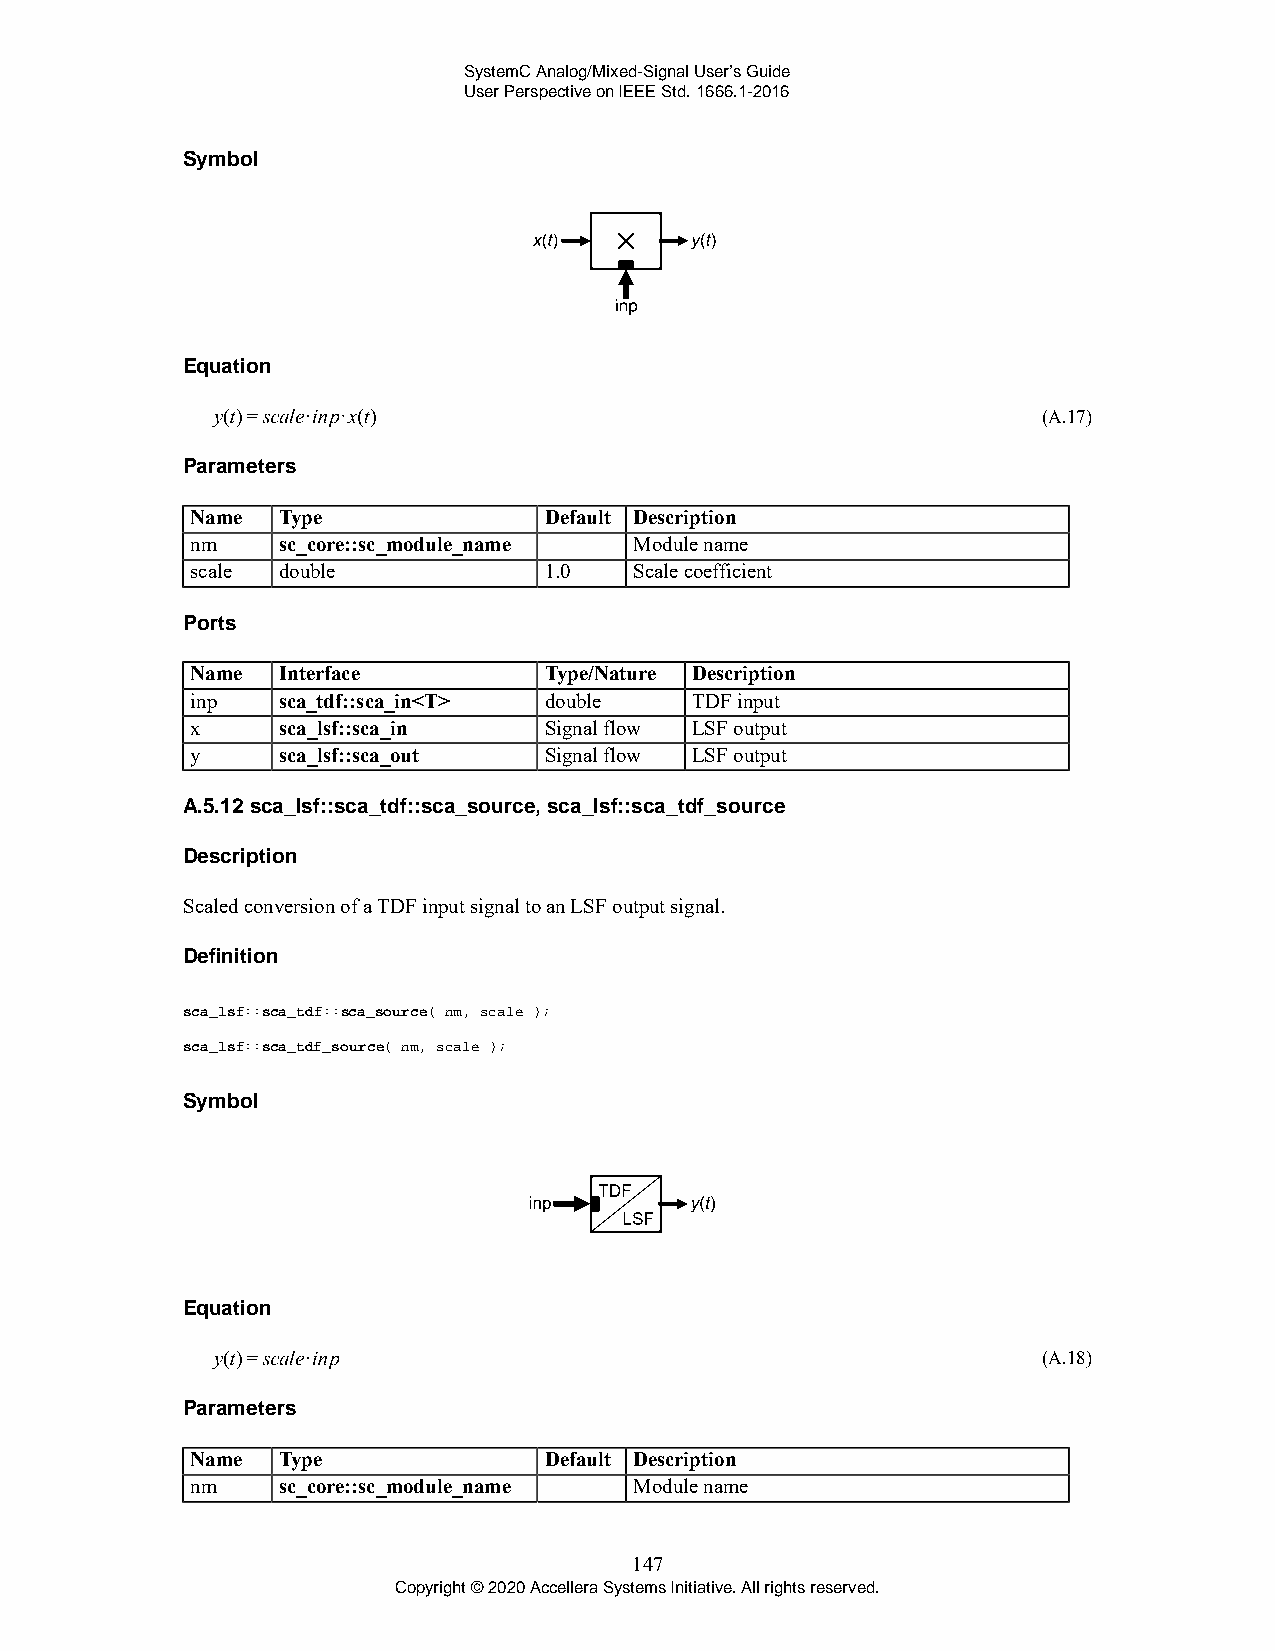
SystemC Analog/Mixed-Signal User’s Guide
 User Perspective on IEEE Std. 1666.1-2016
 Symbol
 Equation
 (A.17)
 Parameters
 Name Type              Default Description
 nm   sc_core::sc_module_name Module name
 scale double           1.0   Scale coefficient
 Ports
 Name Interface         Type/Nature Description
 inp  sca_tdf::sca_in<T> double   TDF input
 x    sca_lsf::sca_in   Signal flow LSF output
 y    sca_lsf::sca_out  Signal flow LSF output
 A.5.12 sca_lsf::sca_tdf::sca_source, sca_lsf::sca_tdf_source
 Description
 Scaled conversion of a TDF input signal to an LSF output signal.
 Definition
 sca_lsf::sca_tdf::sca_source( nm, scale );
 sca_lsf::sca_tdf_source( nm, scale );
 Symbol
 Equation
 (A.18)
 Parameters
 Name Type              Default Description
 nm   sc_core::sc_module_name Module name
 147
 Copyright © 2020 Accellera Systems Initiative. All rights reserved.